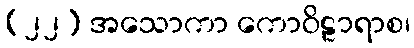
(၂၂) အသောကာ ကောဝိဠာရာစ၊